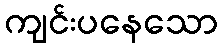
ကျင်းပနေသော